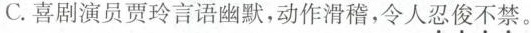
C.喜剧演员贾玲言语幽默，动作滑稽，令人忍俊不禁。